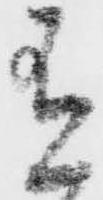
有